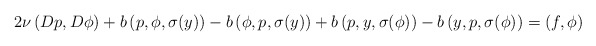
\begin{align*}2\nu\left(D p,D \phi\right)+b\left( p,\phi, \sigma(y) \right)-b\left( \phi,p, \sigma(y) \right)+b\left(p, y, \sigma(\phi) \right)-b\left( y,p, \sigma(\phi) \right)=\left(f, \phi\right)\end{align*}